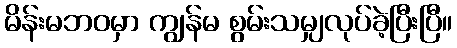
မိန်းမဘဝမှာ ကျွန်မ စွမ်းသမျှလုပ်ခဲ့ပြီးပြီ။